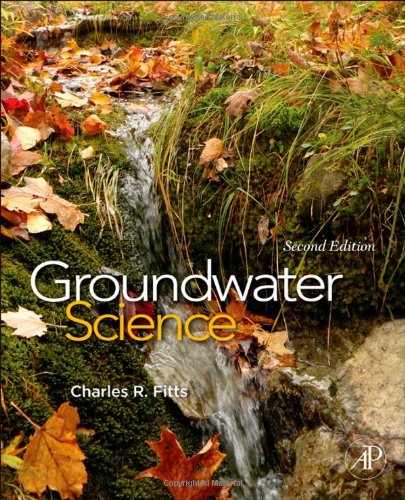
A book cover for Groundwater Science, Second Edition; Charles R. Fitts; Science & Math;